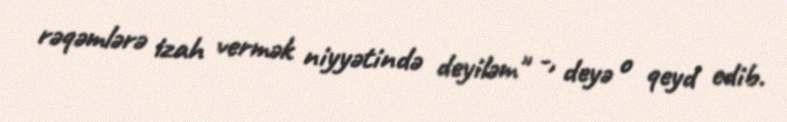
rəqəmlərə izah vermək niyyətində deyiləm" -, deyə o qeyd edib.